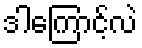
ဒါကြောင့်လဲ